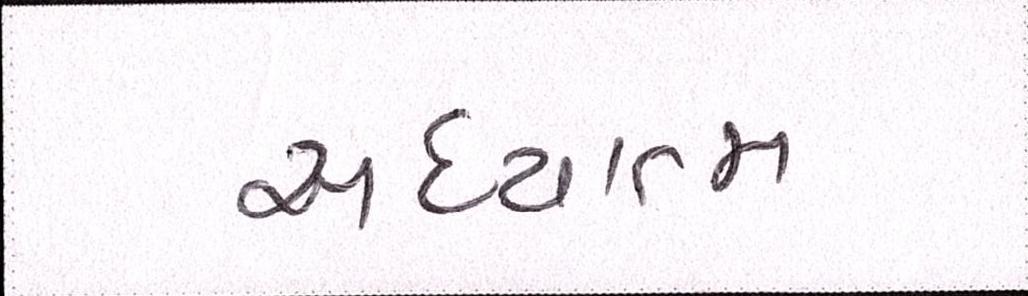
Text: આધ્યાત્મ